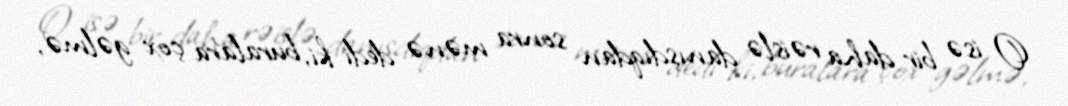
O isə bir daha rəislə danışdıqdan sonra mənə dedi ki, buralara çox gəlmə,